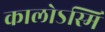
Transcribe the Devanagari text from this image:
कालोऽस्मि